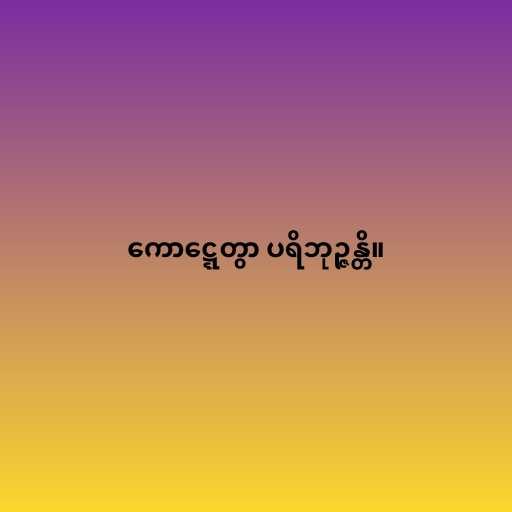
ကောဋ္ဋေတွာ ပရိဘုဉ္ဇန္တိ။